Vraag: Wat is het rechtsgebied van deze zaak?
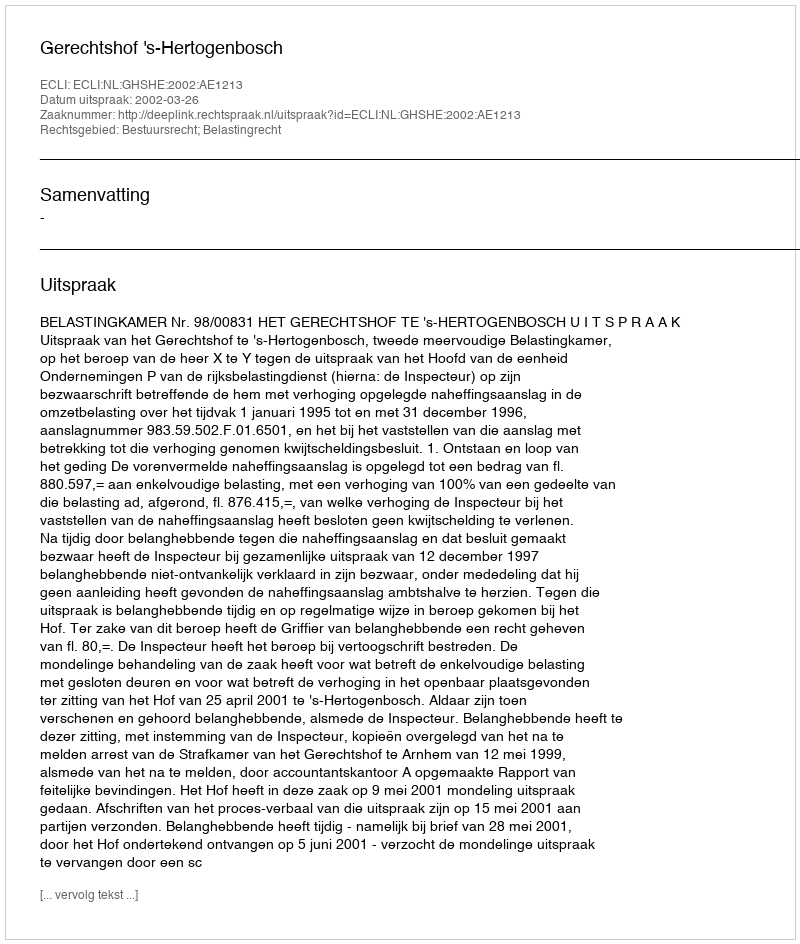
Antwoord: Bestuursrecht; Belastingrecht